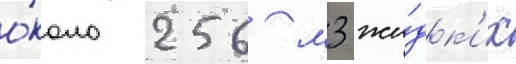
о́коло 256 м3 жи́дк'их